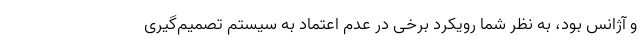
و آژانس بود، به نظر شما رویکرد برخی در عدم اعتماد به سیستم تصمیم‌گیری